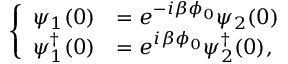
\left\{ \begin{array} { l l } { { \psi _ { 1 } ( 0 ) } } & { { = e ^ { - i \beta \phi _ { 0 } } \psi _ { 2 } ( 0 ) } } \\ { { \psi _ { 1 } ^ { \dagger } ( 0 ) } } & { { = e ^ { i \beta \phi _ { 0 } } \psi _ { 2 } ^ { \dagger } ( 0 ) , } } \end{array} \right.